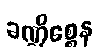
ခဏ္ဍိစ္စေန